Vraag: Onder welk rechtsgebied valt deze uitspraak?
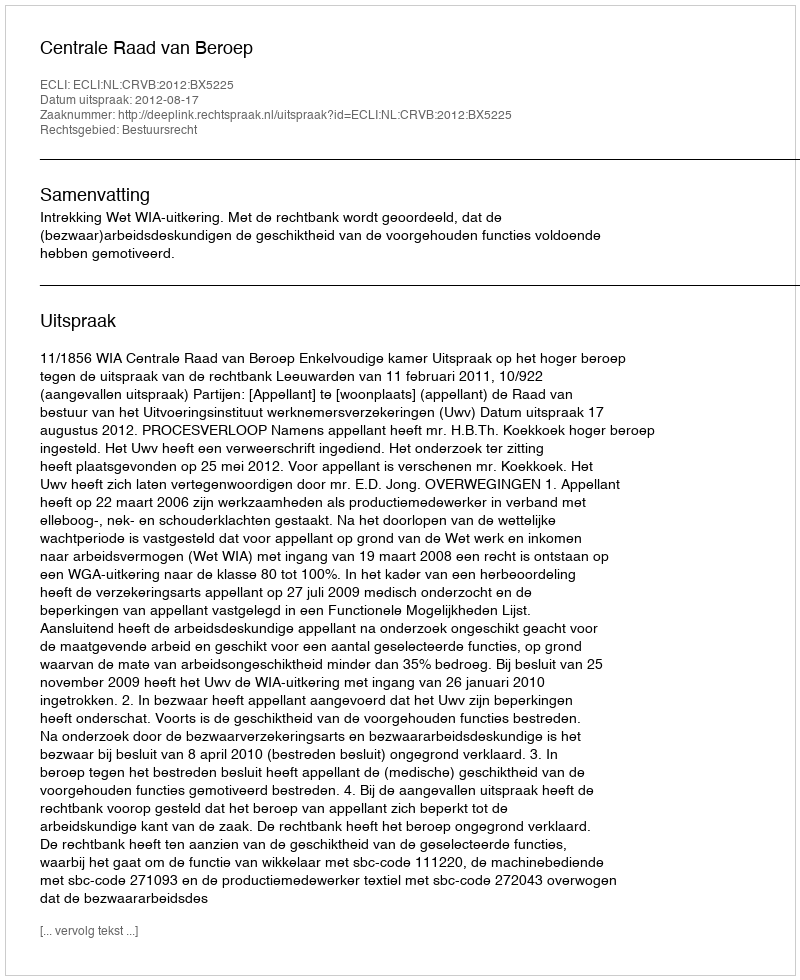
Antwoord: Bestuursrecht